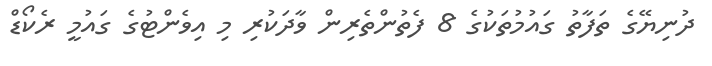
ދުނިޔޭގެ ތަފާތު ގައުމުތަކުގެ 8 ފެތުންތެރިން ވާދަކުރި މި އިވެންޓުގެ ގައުމީ ރެކޯޑް